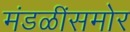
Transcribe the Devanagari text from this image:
मंडळींसमोर